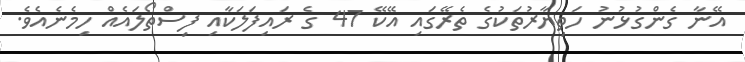
އޭނާ ގެންގުޅުނު ހަތިޔާރުތަކުގެ ތެރޭގައި އޭކޭ 47 ގެ ރައިފަލަކާއި ފިސްތޯލައެއް ހިމެނެއެވެ.